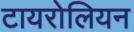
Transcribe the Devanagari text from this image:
टायरोलियन